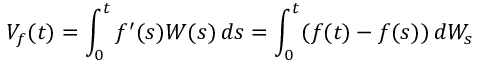
V _ { f } ( t ) = \int _ { 0 } ^ { t } f ^ { \prime } ( s ) W ( s ) \, d s = \int _ { 0 } ^ { t } ( f ( t ) - f ( s ) ) \, d W _ { s }